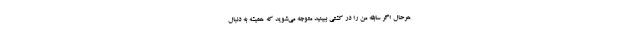
هرحال اگر سابقه من را در کشتی ببینید متوجه می‌شوید که همیشه به دنبال